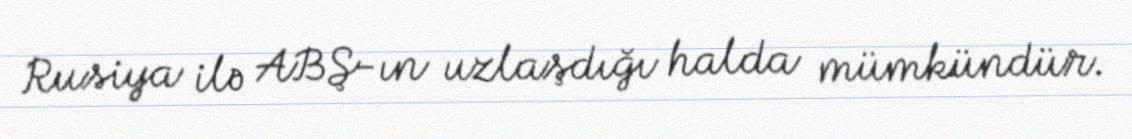
Rusiya ilə ABŞ-ın uzlaşdığı halda mümkündür.